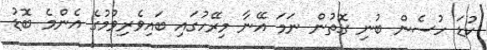
ކުޑަ ހުސެން ބުނި ގޮތުން ނަމަ އޭނާ މިރޭހުގައި ބައިވެރިވުމުގެ އެންމެ ބޮޑު